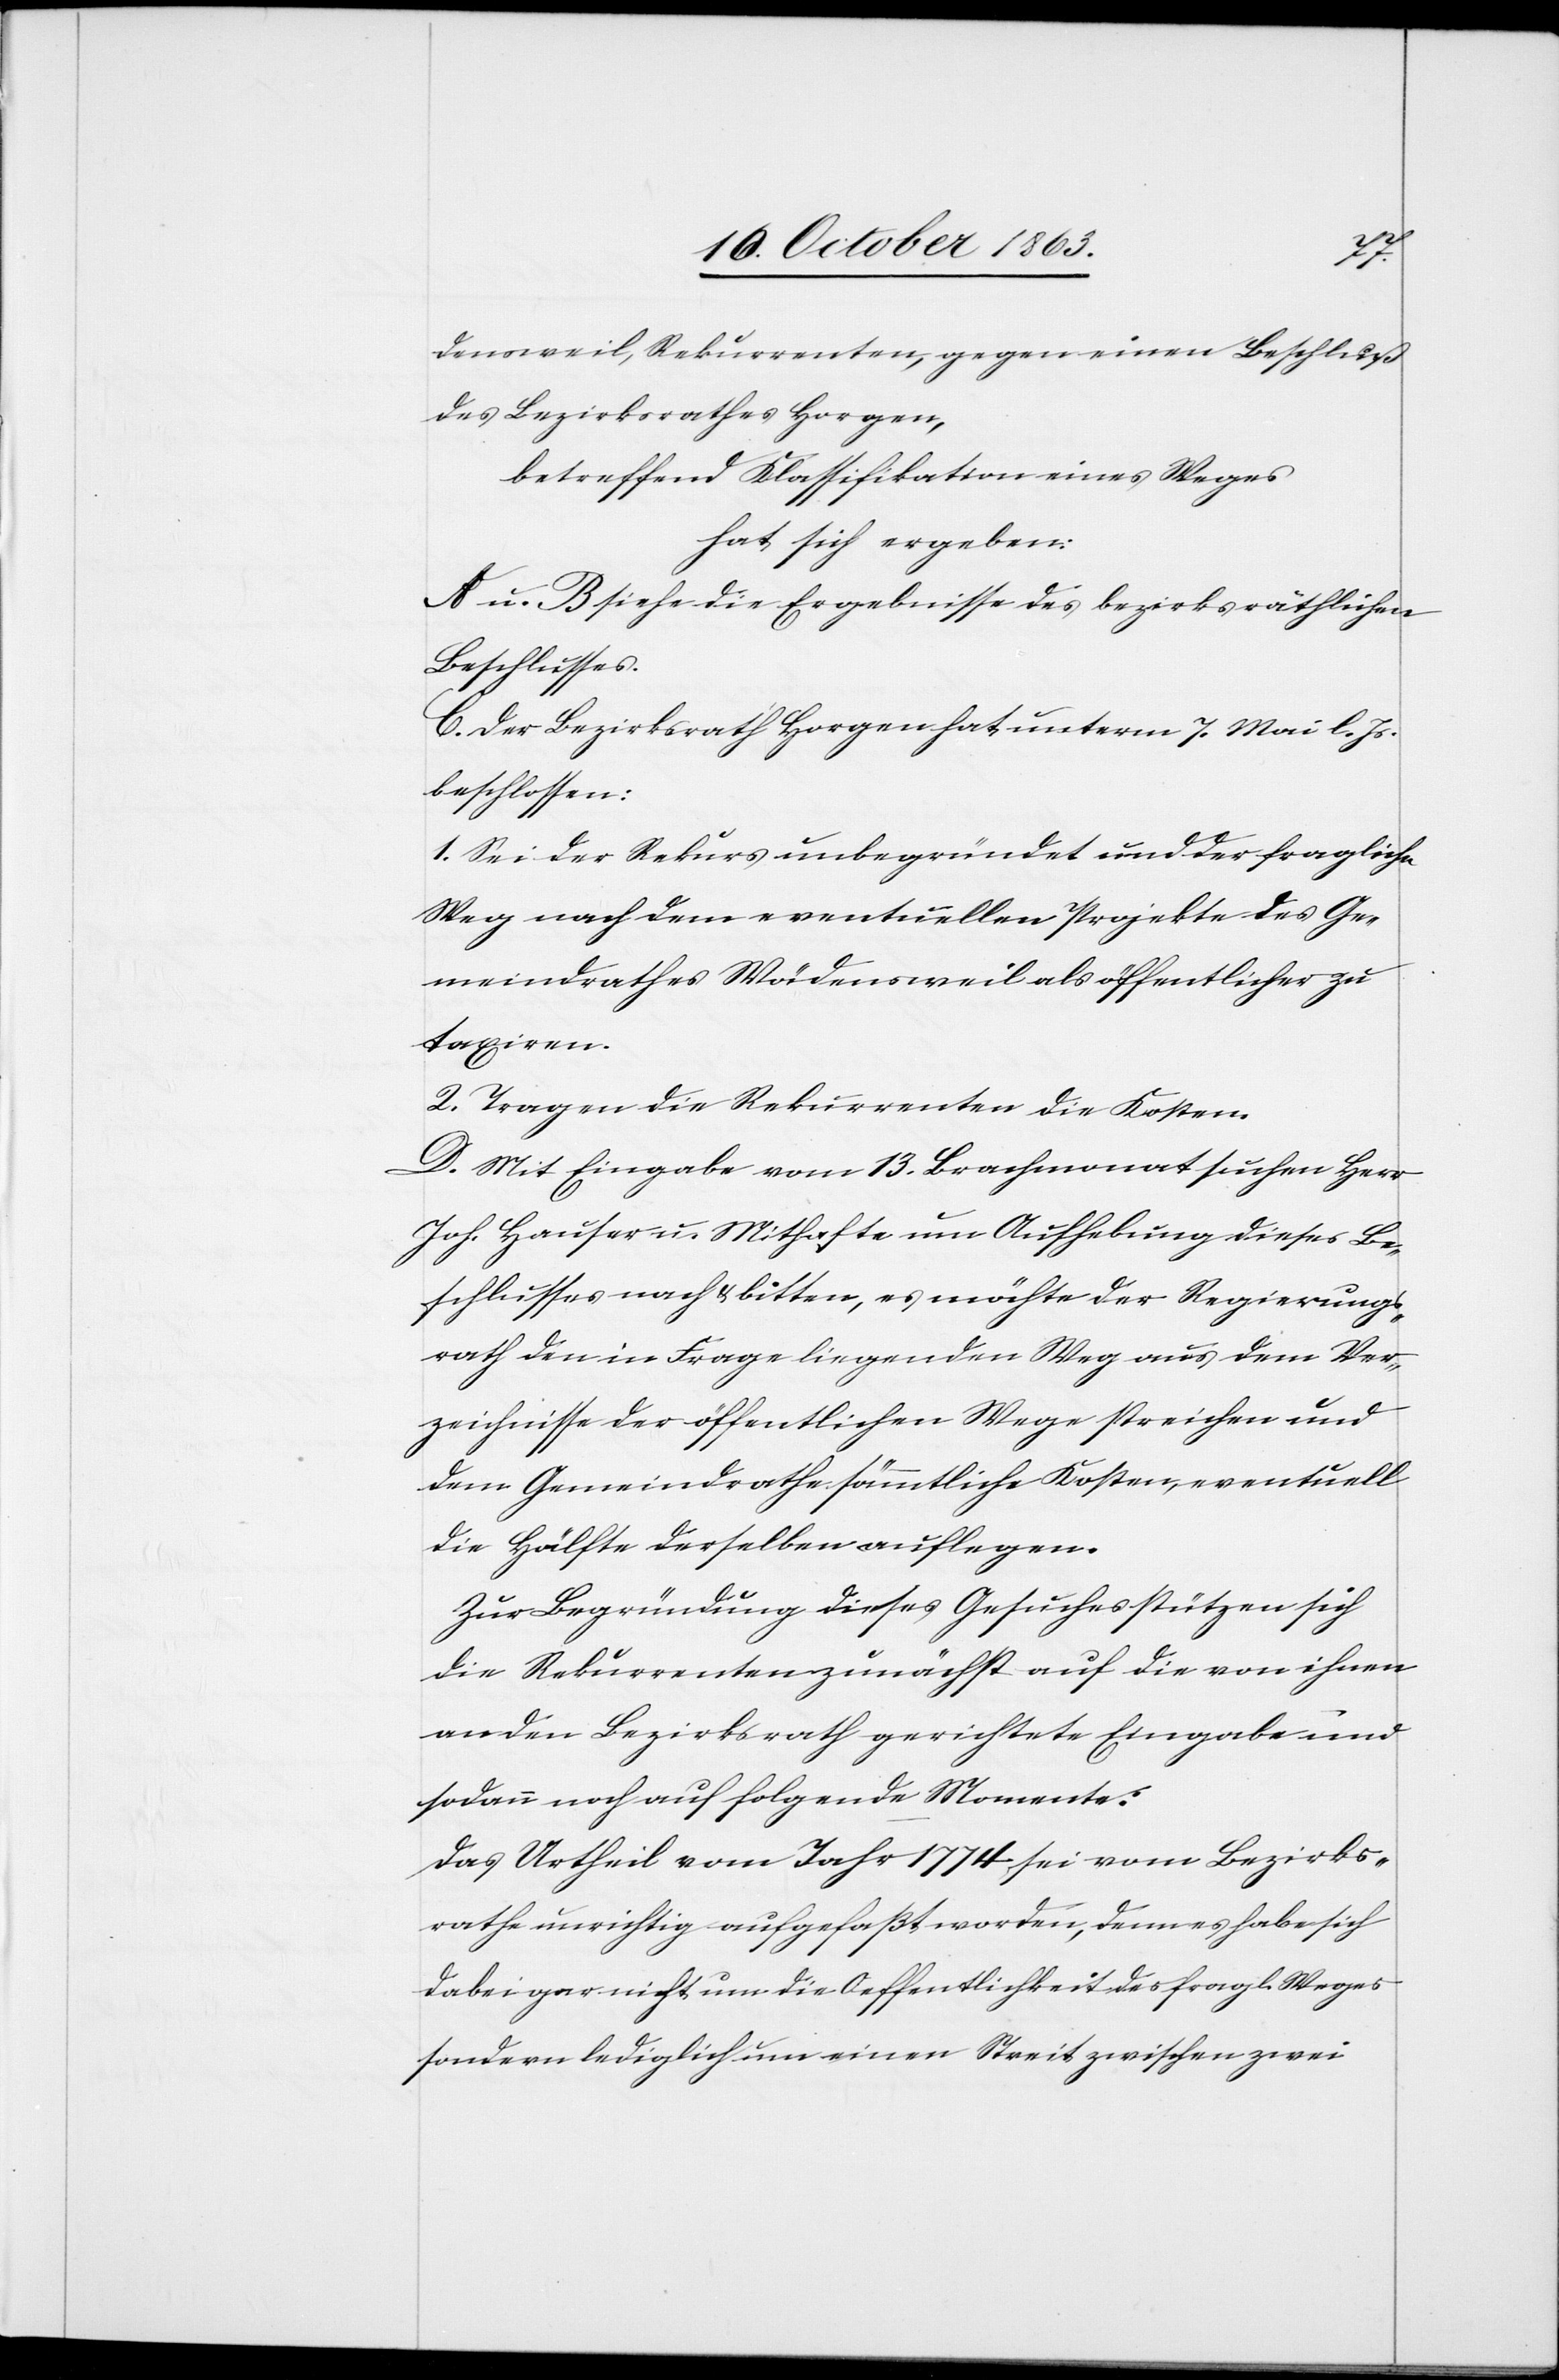
densweil, Rekurrenten, gegen einen Beschluß
des Bezirksrathes Horgen,
betreffend Klassifikation eines Weges
hat sich ergeben:
A u. B siehe die Ergebnisse des bezirksräthlichen
Beschlusses.
C. Der Bezirksrath Horgen hat unterm 7. Mai l. Js.
beschlossen:
1. Sei der Rekurs unbegründet und der fragliche
Weg nach dem eventuellen Projekte des Ge¬
meindrathes Wädensweil als öffentlicher zu
taxiren.
2. Tragen die Rekurrenten die Kosten.
D. Mit Eingabe vom 13. Brachmonat suchen Herr
Joh. Hauser u. Mithafte um Aufhebung dieses Be¬
schlusses nach & bitten, es möchte der Regierungs¬
rath den in Frage liegenden Weg aus dem Ver¬
zeichnisse der öffentlichen Wege streichen und
dem Gemeindrathe sämmtliche Kosten, eventuell
die Hälfte derselben auflegen.
Zur Begründung dieses Gesuches stützen sich
die Rekurrenten zunächst auf die von ihnen
an den Bezirksrath gerichtete Eingabe und
sodann noch auf folgende Momente:
Das Urtheil vom Jahr 1774 sei vom Bezirks¬
rathe unrichtig aufgefaßt worden, denn es habe sich
dabei gar nicht um die Oeffentlichkeit des fragl. Weges
sondern lediglich um einen Streit zwischen zwei